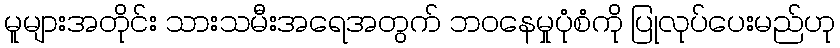
မူများအတိုင်း သားသမီးအရေအတွက် ဘဝနေမှုပုံစံကို ပြုလုပ်ပေးမည်ဟု